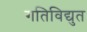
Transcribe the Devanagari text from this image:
गतिविद्युत